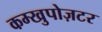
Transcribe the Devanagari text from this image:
कम्खुपोज़टर